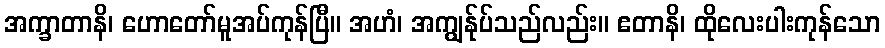
အက္ခာတာနိ၊ ဟောတော်မူအပ်ကုန်ပြီ။ အဟံ၊ အကျွန်ုပ်သည်လည်း။ ဧတာနိ၊ ထိုလေးပါးကုန်သော